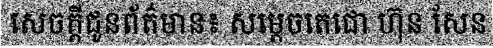
សេចក្តីជូនព័ត៌មាន៖ សម្តេចតេជោ ហ៊ុន សែន